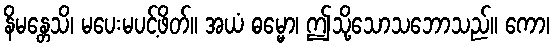
နိမန္တေသိ၊ မပေးမပင့်ဖိတ်။ အယံ ဓမ္မော၊ ဤသို့သောသဘောသည်။ ကော၊